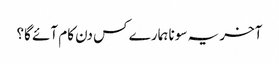
آخر یہ سونا ہمارے کس دن کام آئے گا؟